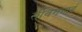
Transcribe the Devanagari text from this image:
सीवगंगाई